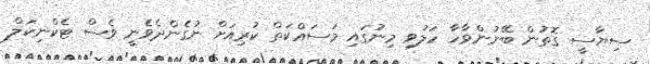
ސިޔާސީ ގޮތުން ބޭނުންވާހާ ހަލުވި މިނުގައި މަސައްކަތް ކުރިއަށް ނުގެންދެވެނީ ވެސް ޓެކްނިކަލް